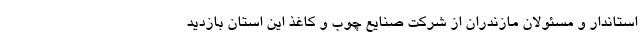
استاندار و مسئولان مازندران از شرکت صنایع چوب و کاغذ این استان بازدید